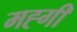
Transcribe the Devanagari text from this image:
मह्गी